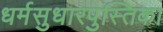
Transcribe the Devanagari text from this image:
धर्मसुधारपुस्तिका